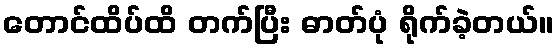
တောင်ထိပ်ထိ တက်ပြီး ဓာတ်ပုံ ရိုက်ခဲ့တယ်။